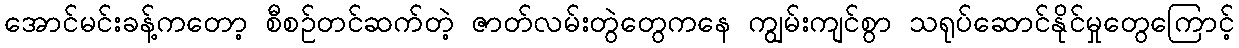
အောင်မင်းခန့်ကတော့ စီစဉ်တင်ဆက်တဲ့ ဇာတ်လမ်းတွဲတွေကနေ ကျွမ်းကျင်စွာ သရုပ်ဆောင်နိုင်မှုတွေကြောင့်